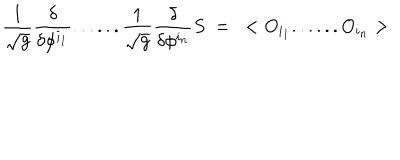
LaTeX: { \frac { 1 } { \sqrt { g } } } { \frac { \delta } { \delta \phi ^ { i _ { 1 } } } } . . . . . . { \frac { 1 } { \sqrt { g } } } { \frac { \delta } { \delta \phi ^ { i _ { n } } } } S ~ = ~ < O _ { i _ { 1 } } . . . . . . O _ { i _ { n } } >